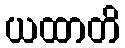
ယထာတိ